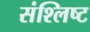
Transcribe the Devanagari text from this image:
संश्लिष्‍ट